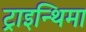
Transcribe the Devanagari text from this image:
ट्राइन्थिमा